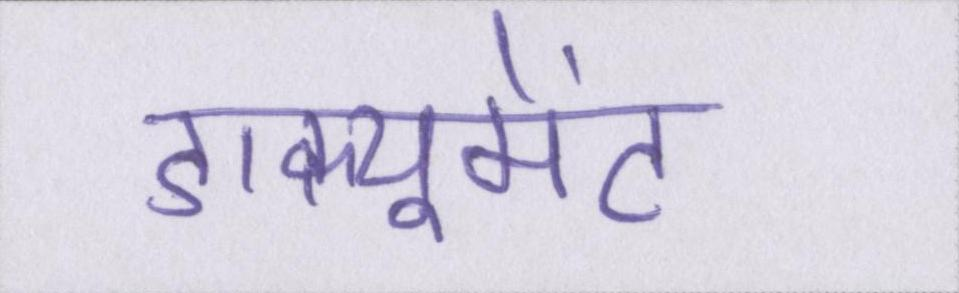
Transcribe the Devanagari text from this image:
डाक्यूमेंट